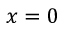
x = 0